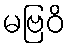
မဗြဝိ